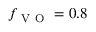
f _ { \mathrm { ~ V ~ O ~ } } = 0 . 8